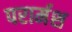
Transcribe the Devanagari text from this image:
परार्मश